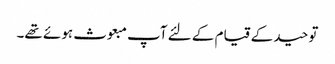
توحید کے قیام کے لئے آپ مبعوث ہوئے تھے۔